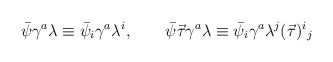
\begin{align*}\bar{\psi}\gamma^a\lambda\equiv\bar{\psi}_i\gamma^a\lambda^i,\qquad \bar{\psi}\vec{\tau}\gamma^a\lambda\equiv\bar{\psi}_i\gamma^a\lambda^j(\vec{\tau})^i{}_j\end{align*}